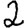
Digit: 2